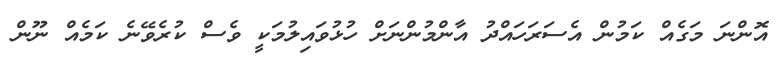
އޮންނަ މަގެއް ކަމުން އެސަރަހައްދު އާންމުންނަށް ހުޅުވައިލުމަކީ ވެސް ކުރެވޭނެ ކަމެއް ނޫން